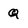
Character: Q